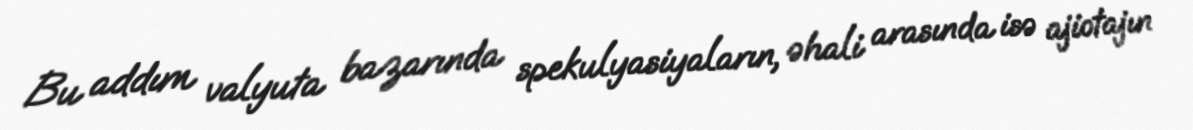
Bu addım valyuta bazarında spekulyasiyaların, əhali arasında isə ajiotajın